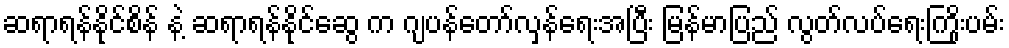
ဆရာရန်နိုင်စိန် နဲ့ ဆရာရန်နိုင်ဆွေ က ဂျပန်တော်လှန်ရေးအပြီး မြန်မာပြည် လွတ်လပ်ရေးကြိုးပမ်း